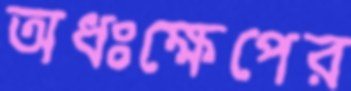
অধঃক্ষেপের